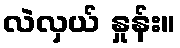
လဲလှယ် နှုန်း။